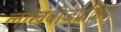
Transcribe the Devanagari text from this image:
लाखबीजप्रक्रिया